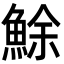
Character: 鮽